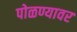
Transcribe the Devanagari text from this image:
पोळण्यावर